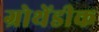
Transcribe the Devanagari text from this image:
ग्रोथेंडीक